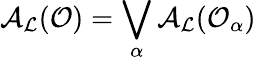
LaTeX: {\cal A}_{\cal L}({\cal O})=\bigvee_{\alpha}{\cal A}_{\cal L}({\cal O}_{\alpha})